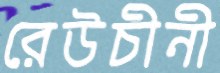
রেউচীনী